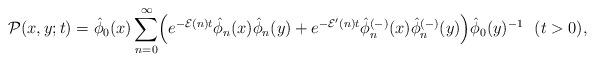
LaTeX: \begin{align*} \mathcal{P}(x,y;t)=\hat{\phi}_0(x) \sum_{n=0}^{\infty}\Bigl( e^{-\mathcal{E}(n)t}\hat{\phi}_n(x)\hat{\phi}_n(y) +e^{-\mathcal{E}^{\prime}(n)t}\hat{\phi}^{(-)}_n(x)\hat{\phi}^{(-)}_n(y) \Bigr)\hat{\phi}_0(y)^{-1}\ \ (t>0), \end{align*}